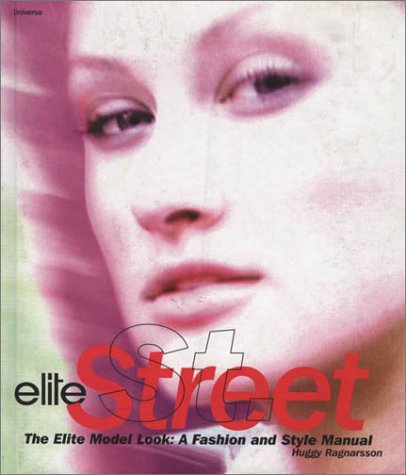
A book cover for Elite Street: The Elite Model Look, a Fashion and Style Manual; Huggy Ragnarsson; Arts & Photography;